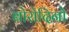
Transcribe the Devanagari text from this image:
बोरोदिनो